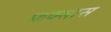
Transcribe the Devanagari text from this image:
फ़क्सास